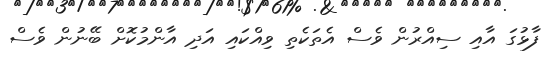
ފާޅުގަ އާއި ސިއްރުން ވެސް އެތަކެތި ވިއްކައި އަދި އާންމުކޮށް ބޭނުން ވެސް